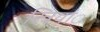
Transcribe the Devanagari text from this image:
स्त्रियांॅ